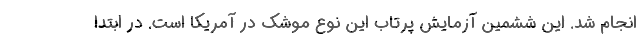
انجام شد. این ششمین آزمایش پرتاب این نوع موشک در آمریکا است. در ابتدا